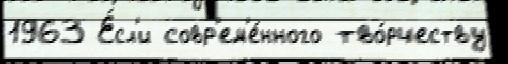
1963 Е́сл'и совр'ем'е́нного тво́рчеству